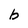
Character: b